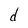
Character: d